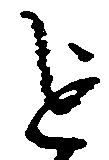
を